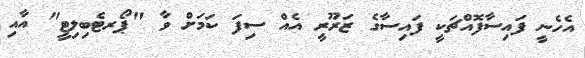
އެހެނީ ފައިސާފޮއްޗަކީ ފައިސާގެ ޒަރޫރީ އެއް ސިފަ ކަމަށް ވާ "ޕޯރޓެބިލިޓީ" އާއި